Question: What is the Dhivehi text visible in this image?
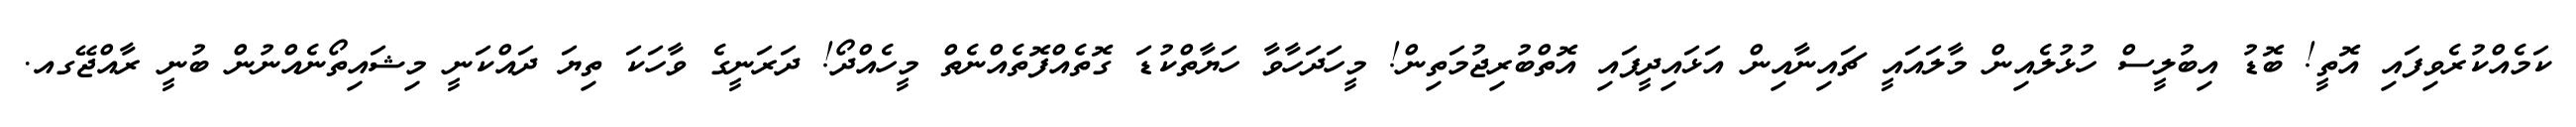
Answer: ކަމެއްކުރެވިފައި އޮތީ! ބޮޑު އިބުލީސް ހުޅުލެއިން މާލައައީ ޗައިނާއިން އަޅައިދީފައި އޮތްބުރިޖުމަތިން! މީހަދަހާވާ ހަޔާތްކުޑަ ގޮތެއްފޮތެއްނެތް މީހެއްދޯ! ދަރަނީގެ ވާހަކަ ތިޔަ ދައްކަނީ މިޝައިތޯނެއްނުން ބުނީ ރާއްޖޭގއ.